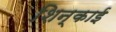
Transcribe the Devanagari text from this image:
शिन्काई